Sexual cycle of Leucocytozoon canis in the tick - Number 28
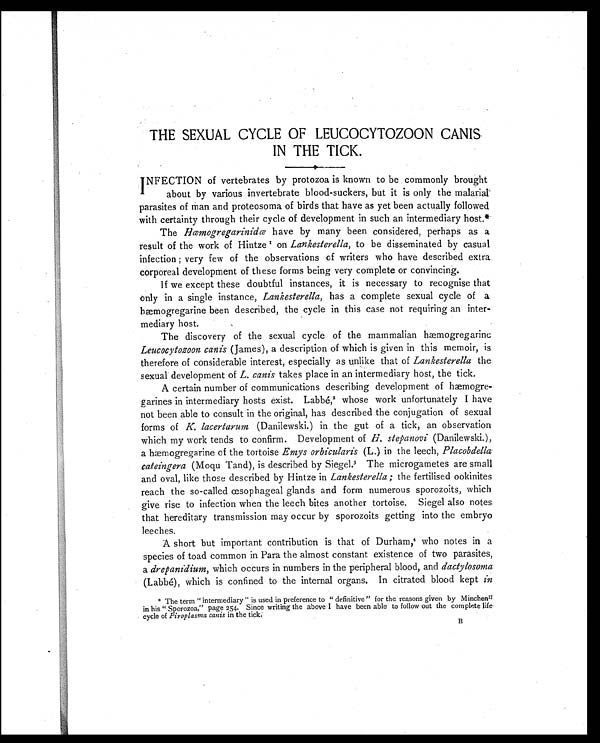
THE SEXUAL CYCLE OF LEUCOCYTOZOON CANIS
IN THE TICK.
INFECTION of vertebrates by protozoa is known to be commonly brought
about by various invertebrate blood-suckers, but it is only the malarial.
parasites of man and proteosoma of birds that have as yet been actually followed
with certainty through their cycle of development in such an intermediary host.*
The Hœmogregarinidœ have by many been considered, perhaps as a
result of the work of Hintze1 on Lankesterella, to be disseminated by casual
infection ; very few of the observations of writers who have described extra
corporeal development of these forms being very complete or convincing.
If we except these doubtful instances, it is necessary to recognise that
only in a single instance, Lankesterella , has a complete sexual cycle of a
hæmogregarine been described, the cycle in this case not requiring an inter
-mediary host.
The discovery of the sexual cycle of the mammalian hæmogregarinc
Leucocytozoon canis ( James), a description of which is given in this memoir, is
therefore of considerable interest, especially as unlike that of Lankesterella the
sexual development of L. canis takes place in an intermediary host, the tick.
A certain number of communications describing development of
h æ m o g r e - g a r i n e s i n i n t e r m e d i a r y h o s t s e x i s t . L a b b e ,2
w h o s e w o r k u n f o r t u n a t e l y I h a v e
not been able to consult in the original, has described the conjugation of sexual
forms of K. lacertarum (Danilewski.) in the gut of a tick, an observation
which my work tends to confirm. Development of H. stepanovi (Danilewski.),
a hmogregarine of the tortoise Emys orbicularis (L.) in the leech, Placobdella
cateingera (Moqu Tand), is described by Siegel. 3 The microgametes are small
and oval, like those described by Hintze in Lankesterella ; the fertilised ookinites
reach the so-called œsophageal glands and form numerous sporozoits, which
give rise to infection when the leech bites another tortoise. Siegel also notes
that hereditary transmission may occur by sporozoits getting into the embryo
leeches.
A short but important contribution is that of Durham,4 who notes in a
species of toad common in Para the almost constant existence of two parasites,
a drepanidium , which occurs in numbers in the peripheral blood, and dactylosoma
(Labbé), which is confined to the internal organs. In citrated blood kept in
* The term " intermediary " is used in preference to " definitive " for the reasons given by Minchen 1 7
in his " Sporozoa," page 254. Since writing the above I have been able to follow out the complete life
cycle of Piroplasma canis in the tick,